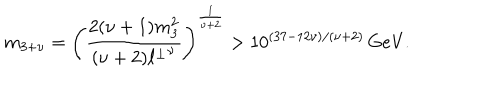
m _ { 3 + \nu } = \left( \frac { 2 ( \nu + 1 ) m _ { 3 } ^ { 2 } } { ( \nu + 2 ) { \ell ^ { \perp } } ^ { \nu } } \right) ^ { \frac { 1 } { \nu + 2 } } > 1 0 ^ { ( 3 7 - 1 2 \nu ) / ( \nu + 2 ) } \, \mathrm { G e V } .